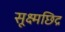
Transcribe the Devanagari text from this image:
सूक्ष्मछिद्र